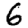
Digit: 6